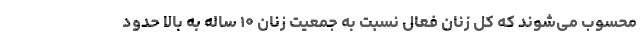
محسوب می‌شوند که کل زنان فعال نسبت به جمعیت زنان ۱۰ ساله به بالا حدود